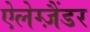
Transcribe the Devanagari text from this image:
ऐलेग्ज़ैंडर